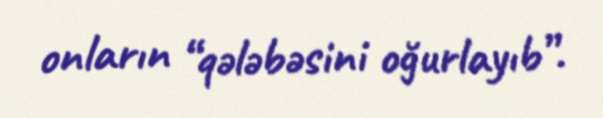
onların “qələbəsini oğurlayıb”.